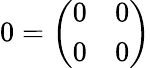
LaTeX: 0={\left(\begin{array}{ll}{0}&{0}\\ {0}&{0}\end{array}\right)}